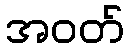
အဝတ်